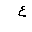
Letter: _ayn